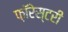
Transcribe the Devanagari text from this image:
फ़ॉरेस्टरी